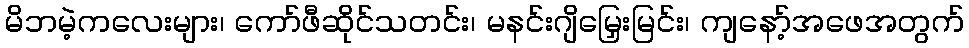
မိဘမဲ့ကလေးများ၊ ကော်ဖီဆိုင်သတင်း၊ မနင်းဂျိမြှေးမြင်း၊ ကျနော့်အဖေအတွက်